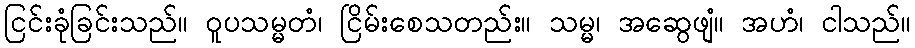
ငြင်းခုံခြင်းသည်။ ဝူပသမ္မတံ၊ ငြိမ်းစေသတည်း။ သမ္မ၊ အဆွေဖျံ။ အဟံ၊ ငါသည်။